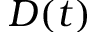
D ( t )